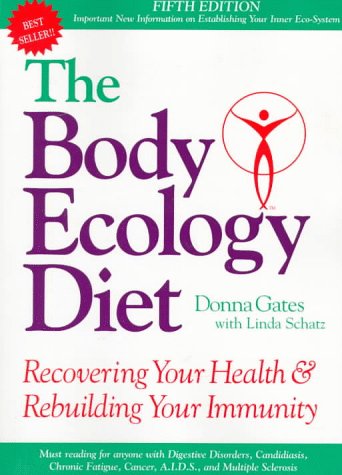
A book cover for The Body Ecology Diet: Recovering Your Health and Rebuilding Your Immunity; Donna Gates; Health, Fitness & Dieting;